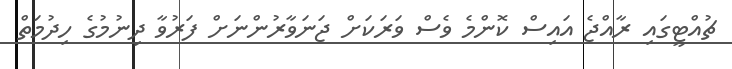
ޗުއްޓީގައި ރާއްޖެ އައިސް ކޮންމެ ވެސް ވަރަކަށް ޖަނަވާރުންނަށް ފަރުވާ ދިނުމުގެ ހިދުމަތް